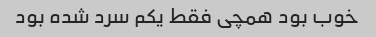
خوب بود همچی فقط یکم سرد شده بود